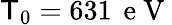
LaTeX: \mathsf{T}_{0}=631\, \mathrm{{~e~V~}}